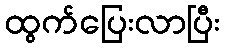
ထွက်ပြေးလာပြီး